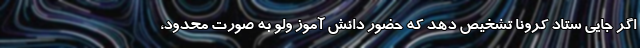
اگر جایی ستاد کرونا تشخیص دهد که حضور دانش آموز ولو به صورت محدود،